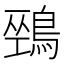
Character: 𪂐